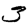
Digit: 3